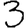
Digit: 3